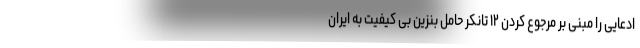
ادعایی را مبنی بر مرجوع کردن ۱۲ تانکر حامل بنزین بی کیفیت به ایران